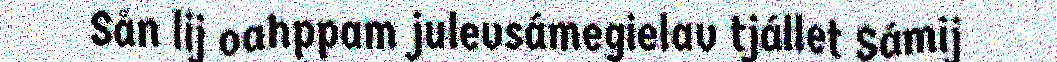
Sån lij oahppam julevsámegielav tjállet Sámij